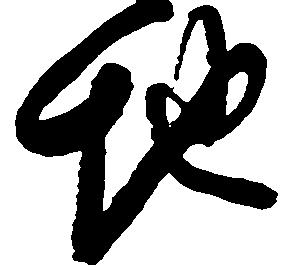
地